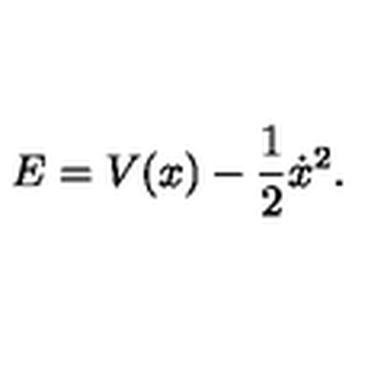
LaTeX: E = V ( x ) - \frac { 1 } { 2 } \dot { x } ^ { 2 } .